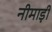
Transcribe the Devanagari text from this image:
नीमाड़ी